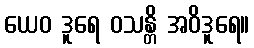
ယေဝ ဒူရေ ဝသန္တိ အဝိဒူရေ။